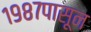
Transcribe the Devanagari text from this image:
१९८७पासून